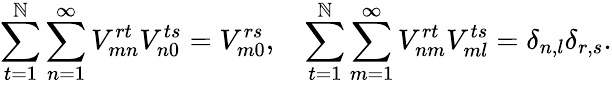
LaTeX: \sum_{t=1}^{\mathbb{N}}\sum_{n=1}^{\infty}V_{mn}^{rt}V_{n0}^{ts}=V_{m0}^{rs},\ \ \ \sum_{t=1}^{\mathbb{N}}\sum_{m=1}^{\infty}V_{nm}^{rt}V_{ml}^{ts}=\delta_{n,l}\delta_{r,s}.